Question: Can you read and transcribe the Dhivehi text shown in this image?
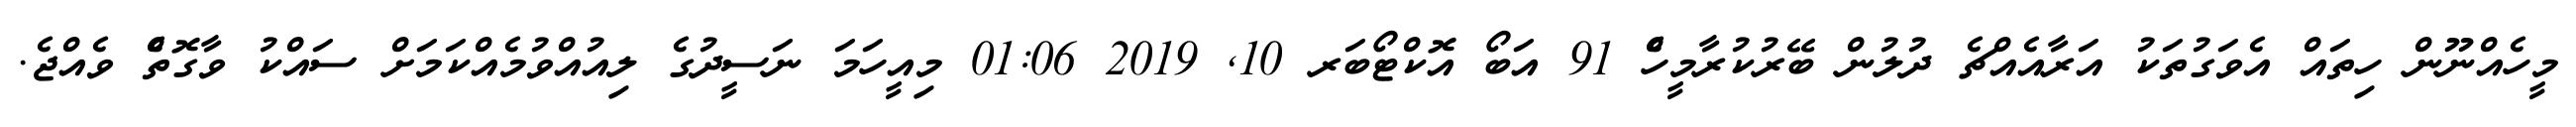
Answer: މީހެއްނޫން ހިތައް އެވަގުތަކު އަރާއެއްޗެ ދުލުން ބޭރުކުރާމީހެް 91 އަބޯ އޮކްޓޯބަރ 10, 2019 01:06 މިއީހަމަ ނަސީދުގެ ލިއުއްވުމެއްކަމަށް ސައްކު ވާގޮތެް ވެއްޖެ.